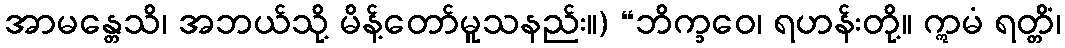
အာမန္တေသိ၊ အဘယ်သို့ မိန့်တော်မူသနည်း။) “ဘိက္ခဝေ၊ ရဟန်းတို့။ ဣမံ ရတ္တိံ၊